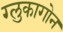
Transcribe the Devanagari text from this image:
ग्लुकागोन